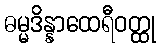
ဓမ္မဒိန္နာထေရီဝတ္ထု